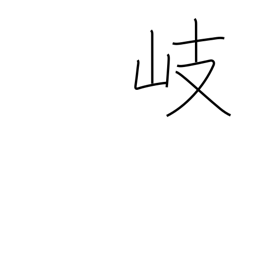
Meaning: branch off